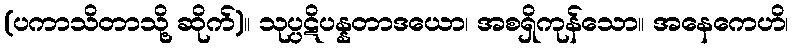
(ပကာသိတာသို့ ဆိုက်)။ သုပ္ပဋိပန္နတာဒယော၊ အစရှိကုန်သော။ အနေကေဟိ၊